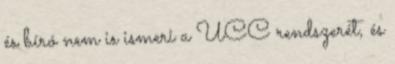
és bíró nem is ismeri a UCC rendszerét, és